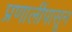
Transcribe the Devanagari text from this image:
प्रणालींपासून